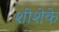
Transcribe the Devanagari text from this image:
शीशेके